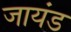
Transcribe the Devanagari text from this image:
जायंड